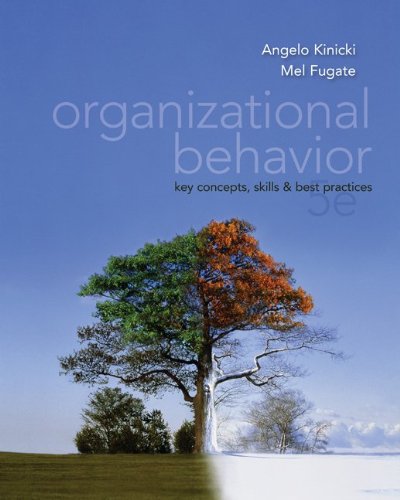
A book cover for Organizational Behavior:  Key Concepts, Skills & Best Practices; Angelo Kinicki; Business & Money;